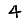
Digit: 4